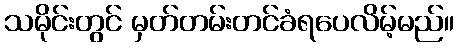
သမိုင်းတွင် မှတ်တမ်းတင်ခံရပေလိမ့်မည်။